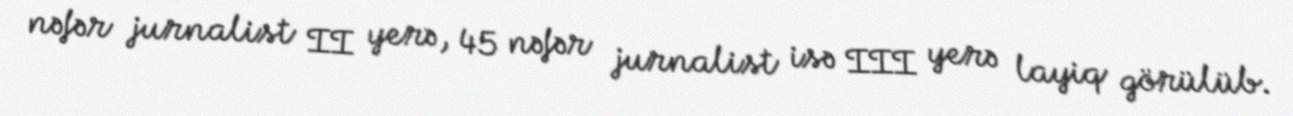
nəfər jurnalist II yerə, 45 nəfər jurnalist isə III yerə layiq görülüb.